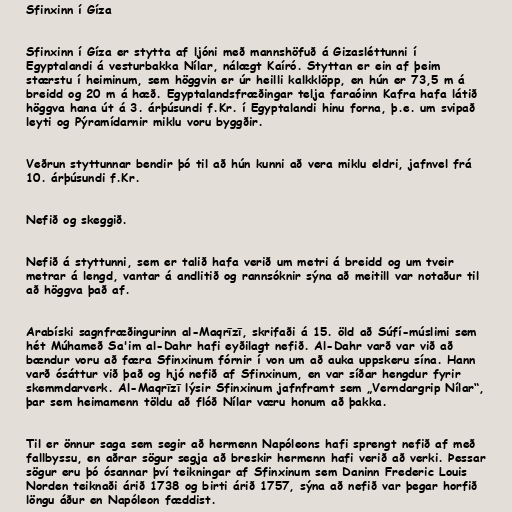
Sfinxinn í Gíza

Sfinxinn í Gíza er stytta af ljóni með mannshöfuð á Gizasléttunni í
Egyptalandi á vesturbakka Nílar, nálægt Kaíró. Styttan er ein af þeim
stærstu í heiminum, sem höggvin er úr heilli kalkklöpp, en hún er 73,5 m á
breidd og 20 m á hæð. Egyptalandsfræðingar telja faraóinn Kafra hafa látið
höggva hana út á 3. árþúsundi f.Kr. í Egyptalandi hinu forna, þ.e. um svipað
leyti og Pýramídarnir miklu voru byggðir.

Veðrun styttunnar bendir þó til að hún kunni að vera miklu eldri, jafnvel frá
10. árþúsundi f.Kr.

Nefið og skeggið.

Nefið á styttunni, sem er talið hafa verið um metri á breidd og um tveir
metrar á lengd, vantar á andlitið og rannsóknir sýna að meitill var notaður til
að höggva það af.

Arabíski sagnfræðingurinn al-Maqrīzī, skrifaði á 15. öld að Súfí-múslimi sem
hét Múhameð Sa'im al-Dahr hafi eyðilagt nefið. Al-Dahr varð var við að
bændur voru að færa Sfinxinum fórnir í von um að auka uppskeru sína. Hann
varð ósáttur við það og hjó nefið af Sfinxinum, en var síðar hengdur fyrir
skemmdarverk. Al-Maqrīzī lýsir Sfinxinum jafnframt sem „Verndargrip Nílar“,
þar sem heimamenn töldu að flóð Nílar væru honum að þakka.

Til er önnur saga sem segir að hermenn Napóleons hafi sprengt nefið af með
fallbyssu, en aðrar sögur segja að breskir hermenn hafi verið að verki. Þessar
sögur eru þó ósannar því teikningar af Sfinxinum sem Daninn Frederic Louis
Norden teiknaði árið 1738 og birti árið 1757, sýna að nefið var þegar horfið
löngu áður en Napóleon fæddist.